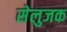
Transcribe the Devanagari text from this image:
सेलुजक